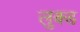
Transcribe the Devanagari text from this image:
लुक्ड